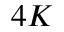
4 K